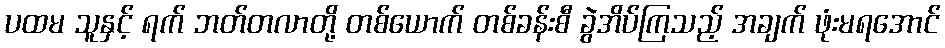
ပထမ သူနှင့် ရက် ဘတ်တလာတို့ တစ်ယောက် တစ်ခန်းစီ ခွဲအိပ်ကြသည့် အချက် ဖုံးမရအောင်